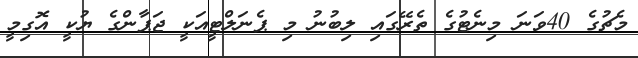
މެޗުގެ 40ވަނަ މިނެޓުގެ ތެރޭގައި ލިބުނު މި ޕެނަލްޓީއަކީ ޖަޕާންގެ ޔުކީ އޮގިމީ